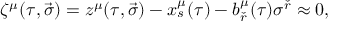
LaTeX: \zeta ^ { \mu } ( \tau , \vec { \sigma } ) = z ^ { \mu } ( \tau , \vec { \sigma } ) - x _ { s } ^ { \mu } ( \tau ) - b _ { \check { r } } ^ { \mu } ( \tau ) \sigma ^ { \check { r } } \approx 0 ,